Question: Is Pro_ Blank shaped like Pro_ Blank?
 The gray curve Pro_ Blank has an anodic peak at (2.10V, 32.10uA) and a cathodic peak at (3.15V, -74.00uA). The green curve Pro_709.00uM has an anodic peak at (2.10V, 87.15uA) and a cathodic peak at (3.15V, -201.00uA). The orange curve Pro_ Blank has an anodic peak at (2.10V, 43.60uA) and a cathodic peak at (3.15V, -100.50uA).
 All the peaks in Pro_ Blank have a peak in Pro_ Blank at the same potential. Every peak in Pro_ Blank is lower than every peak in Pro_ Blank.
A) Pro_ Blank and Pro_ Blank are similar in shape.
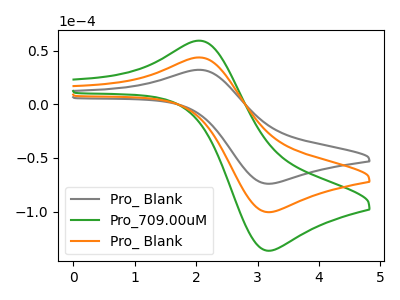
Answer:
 <answer>A) "Pro_ Blank" and "Pro_ Blank" are similar in shape.</answer>
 <eval>A</eval>